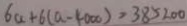
6 a + 6 ( a - 4 0 0 0 ) > 3 8 > 2 0 0